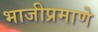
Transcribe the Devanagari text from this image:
भाजीप्रमाणे